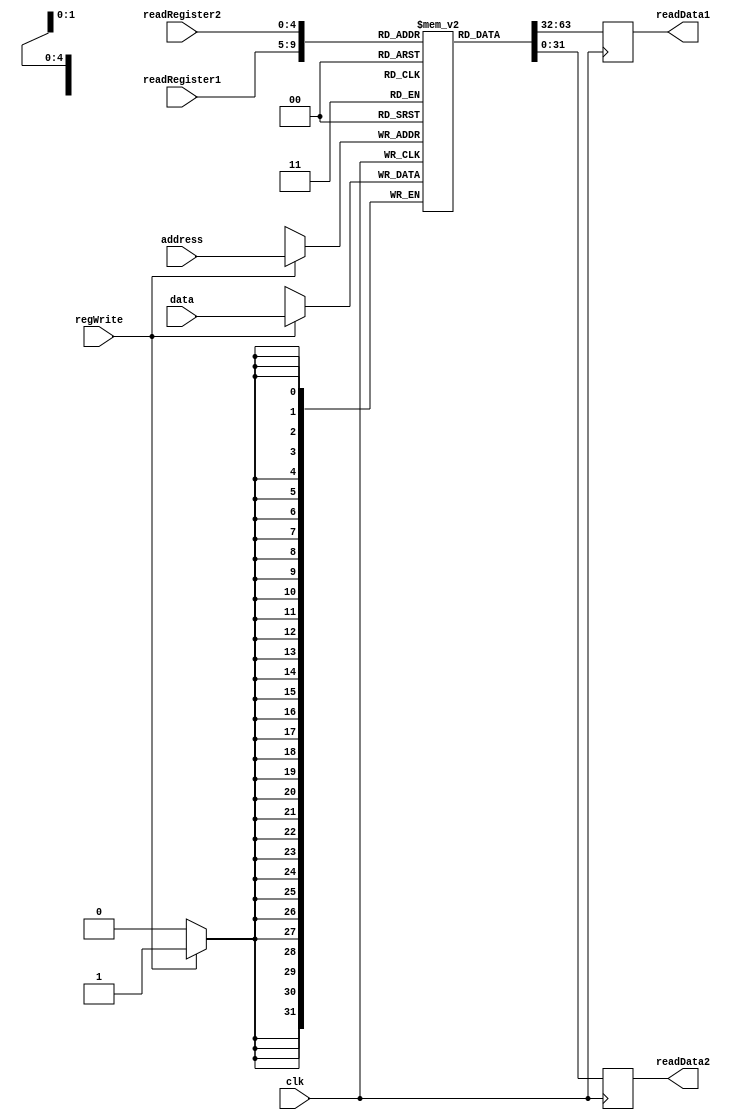
`timescale 1ns / 1ps
//////////////////////////////////////////////////////////////////////////////////
// Company: 
// Engineer: 
// 
// Design Name: 
// Module Name: registers
// Project Name: 
// Target Devices: 
// Tool Versions: 
// Description: 
// 
// Dependencies: 
// 
// Revision:
// Revision 0.01 - File Created
// Additional Comments:
// 
//////////////////////////////////////////////////////////////////////////////////


module registers(
    input wire clk,
    input wire regWrite,
    input wire [4:0] readRegister1,
    input wire [4:0] readRegister2,
    input wire [4:0] address,
    input wire [31:0] data,
    output reg [31:0] readData1,
    output reg[31:0] readData2
    );
    
    reg [31:0] registers [31:0];
    
     // Registers
    always @(posedge clk) begin
        readData1 = registers[readRegister1];
        readData2 = registers[readRegister2];
        
        if(regWrite) begin
            registers[address] = data;
        end
    end
    
endmodule